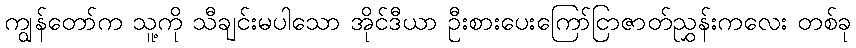
ကျွန်တော်က သူ့ကို သီချင်းမပါသော အိုင်ဒီယာ ဦးစားပေးကြော်ငြာဇာတ်ညွှန်းကလေး တစ်ခု